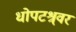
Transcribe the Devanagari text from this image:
धोपटश्र्वर